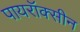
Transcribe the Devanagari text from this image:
पायरॉक्सीन